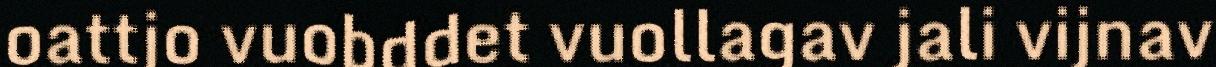
oattjo vuobddet vuollagav jali vijnav